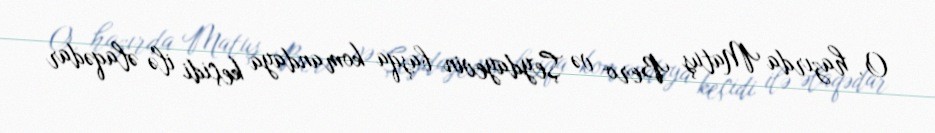
O, hazırda Matuş Bero və Şeydayevin başqa komandaya keçidi ilə əlaqədar